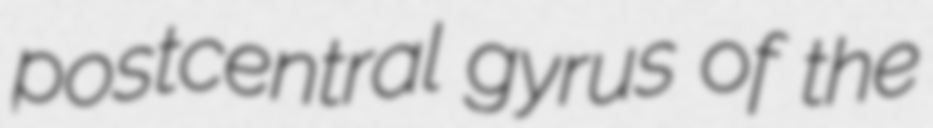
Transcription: postcentral gyrus of the